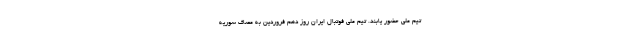
تیم ملی حضور یابند. تیم ملی فوتبال ایران روز دهم فروردین به مصاف سوریه